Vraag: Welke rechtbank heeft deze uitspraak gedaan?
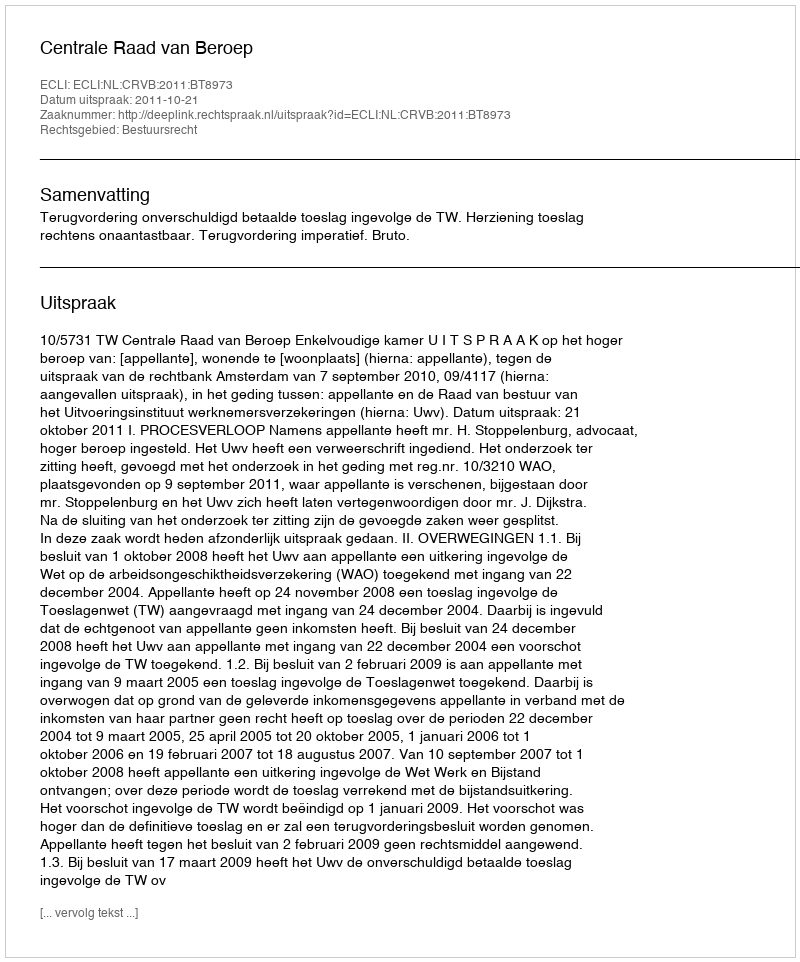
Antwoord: Centrale Raad van Beroep